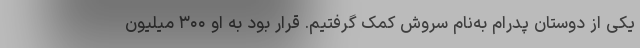
یکی از دوستان پدرام به‌نام سروش کمک گرفتیم. قرار بود به او ۳۰۰ میلیون